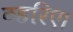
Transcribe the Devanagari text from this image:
ठहरिए।